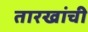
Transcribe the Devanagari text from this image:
तारखांची